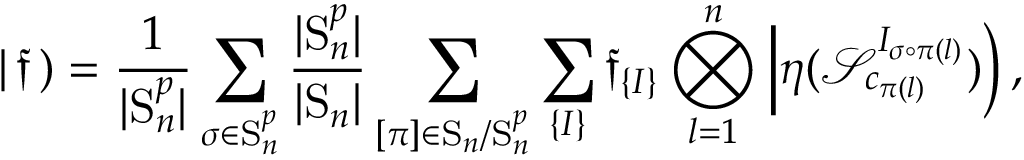
\left| \, \mathfrak { f } \, \right) = \frac { 1 } { | \mathrm { S } _ { n } ^ { p } | } \sum _ { \sigma \in \mathrm { S } _ { n } ^ { p } } \frac { | \mathrm { S } _ { n } ^ { p } | } { | \mathrm { S } _ { n } | } \sum _ { [ { \pi } ] \in \mathrm { S } _ { n } / \mathrm { S } _ { n } ^ { p } } \sum _ { \left\lbrace I \right\rbrace } \mathfrak { f } _ { \left\lbrace I \right\rbrace } \bigotimes _ { l = 1 } ^ { n } \left| \eta ( \mathcal { S } _ { c _ { \pi ( l ) } } ^ { I _ { \sigma \circ \pi ( l ) } } ) \right) ,